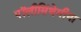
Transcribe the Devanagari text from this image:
पॉलीसिंथेमीया